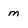
Character: m